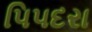
પિપદરા